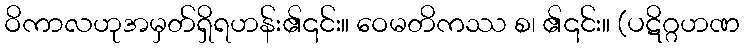
ဝိကာလဟုအမှတ်ရှိရဟန်း၏၎င်း။ ဝေမတိကဿ စ၊ ၏၎င်း။ (ပဋိဂ္ဂဟဏ